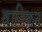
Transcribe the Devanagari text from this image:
वातिकन